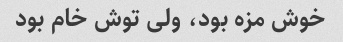
خوش مزه بود، ولى توش خام بود